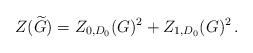
LaTeX: \begin{align*}Z(\widetilde{G})=Z_{0,D_0}(G)^2+Z_{1,D_0}(G)^2\,.\end{align*}